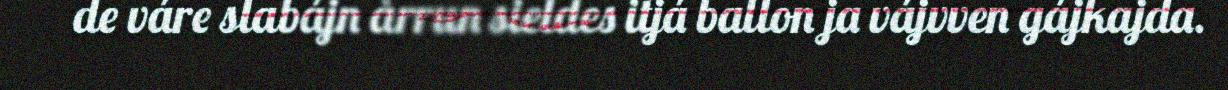
de váre slabájn årrun sieldes itjá ballon ja vájvven gájkajda.